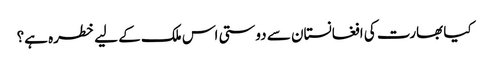
کیا بھارت کی افغانستان سے دوستی اس ملک کے لیے خطرہ ہے؟